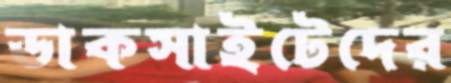
ডাকসাইটেদের